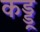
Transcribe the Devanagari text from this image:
कड्डू